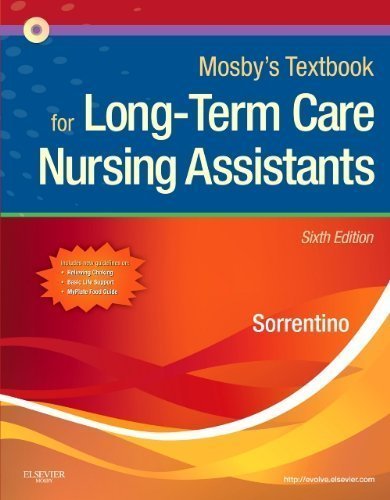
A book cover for Mosby's Textbook for Long-Term Care Nursing Assistants, 6e by Sorrentino PhD RN, Sheila A. 6th (sixth) Edition [Paperback(2010)]; Medical Books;